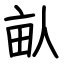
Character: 畒